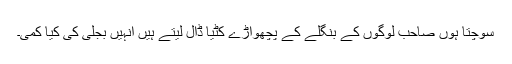
سوچتا ہوں صاحب لوگوں کے بنگلے کے پچھواڑے کٹیا ڈال لیتے ہیں اُنہیں بجلی کی کیا کمی۔